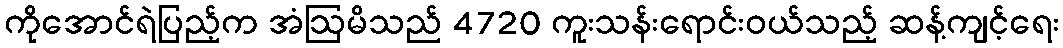
ကိုအောင်ရဲပြည့်က အံဩမိသည် 4720 ကူးသန်းရောင်းဝယ်သည့် ဆန့်ကျင့်ရေး